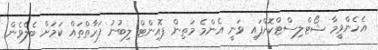
އެހެންވީމާ ޝޯޓްލިސްޓްކޮށްފައި ވަނީ އެންމެ މަތިން ޕޮއިންޓް ލިބުނު ފަރާތްތައް ކަމަށް ބެލެވެން